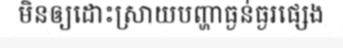
មិនឲ្យដោះស្រាយបញ្ហាធ្ងន់ធ្ងរផ្សេង